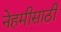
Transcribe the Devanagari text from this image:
नेहमीसाठी